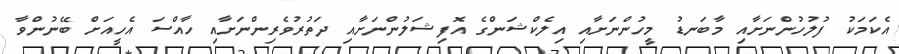
އެކަމަކު ފުލުހުންނަށާއި މާބަނޑު މީހުންނަށާއި އިލެކްޝަންގެ އޮފިޝަލުންނަށާއި ދަތުރުވެރިންނަށާއި ހާއްސަ އެހީއަށް ބޭނުންވާ